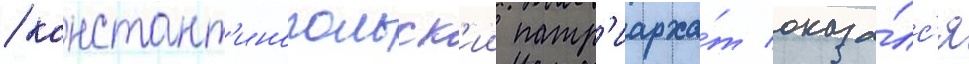
/ констант'инопольск'ии патр'иарха́т оказа́лс'я